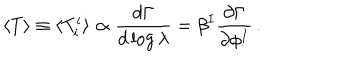
LaTeX: \langle T \rangle \equiv \langle T _ { i } ^ { i } \rangle \propto { \frac { d \Gamma } { d \log \lambda } } = \beta ^ { I } { \frac { \partial \Gamma } { \partial \phi ^ { I } } } \, .